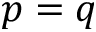
p = q